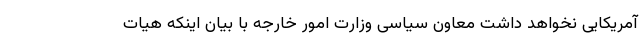
‌آمریکایی نخواهد داشت معاون سیاسی وزارت امور خارجه با بیان اینکه هیات